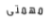
مهمتى